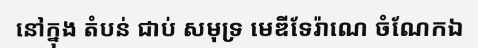
នៅក្នុង តំបន់ ជាប់ សមុទ្រ មេឌីទែរ៉ាណេ ចំណែកឯ